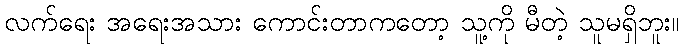
လက်ရေး အရေးအသား ကောင်းတာကတော့ သူ့ကို မီတဲ့ သူမရှိဘူး။